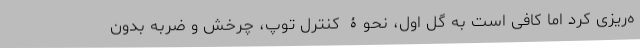
ه‌ریزی کرد اما کافی است به گل اول، نحوۀ کنترل توپ، چرخش و ضربه بدون